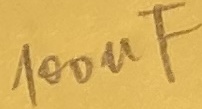
Text: 100µF